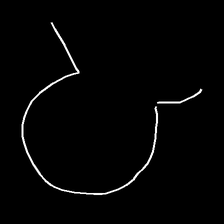
Glyph: weave